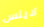
لاينس